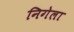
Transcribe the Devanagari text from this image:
निगेला